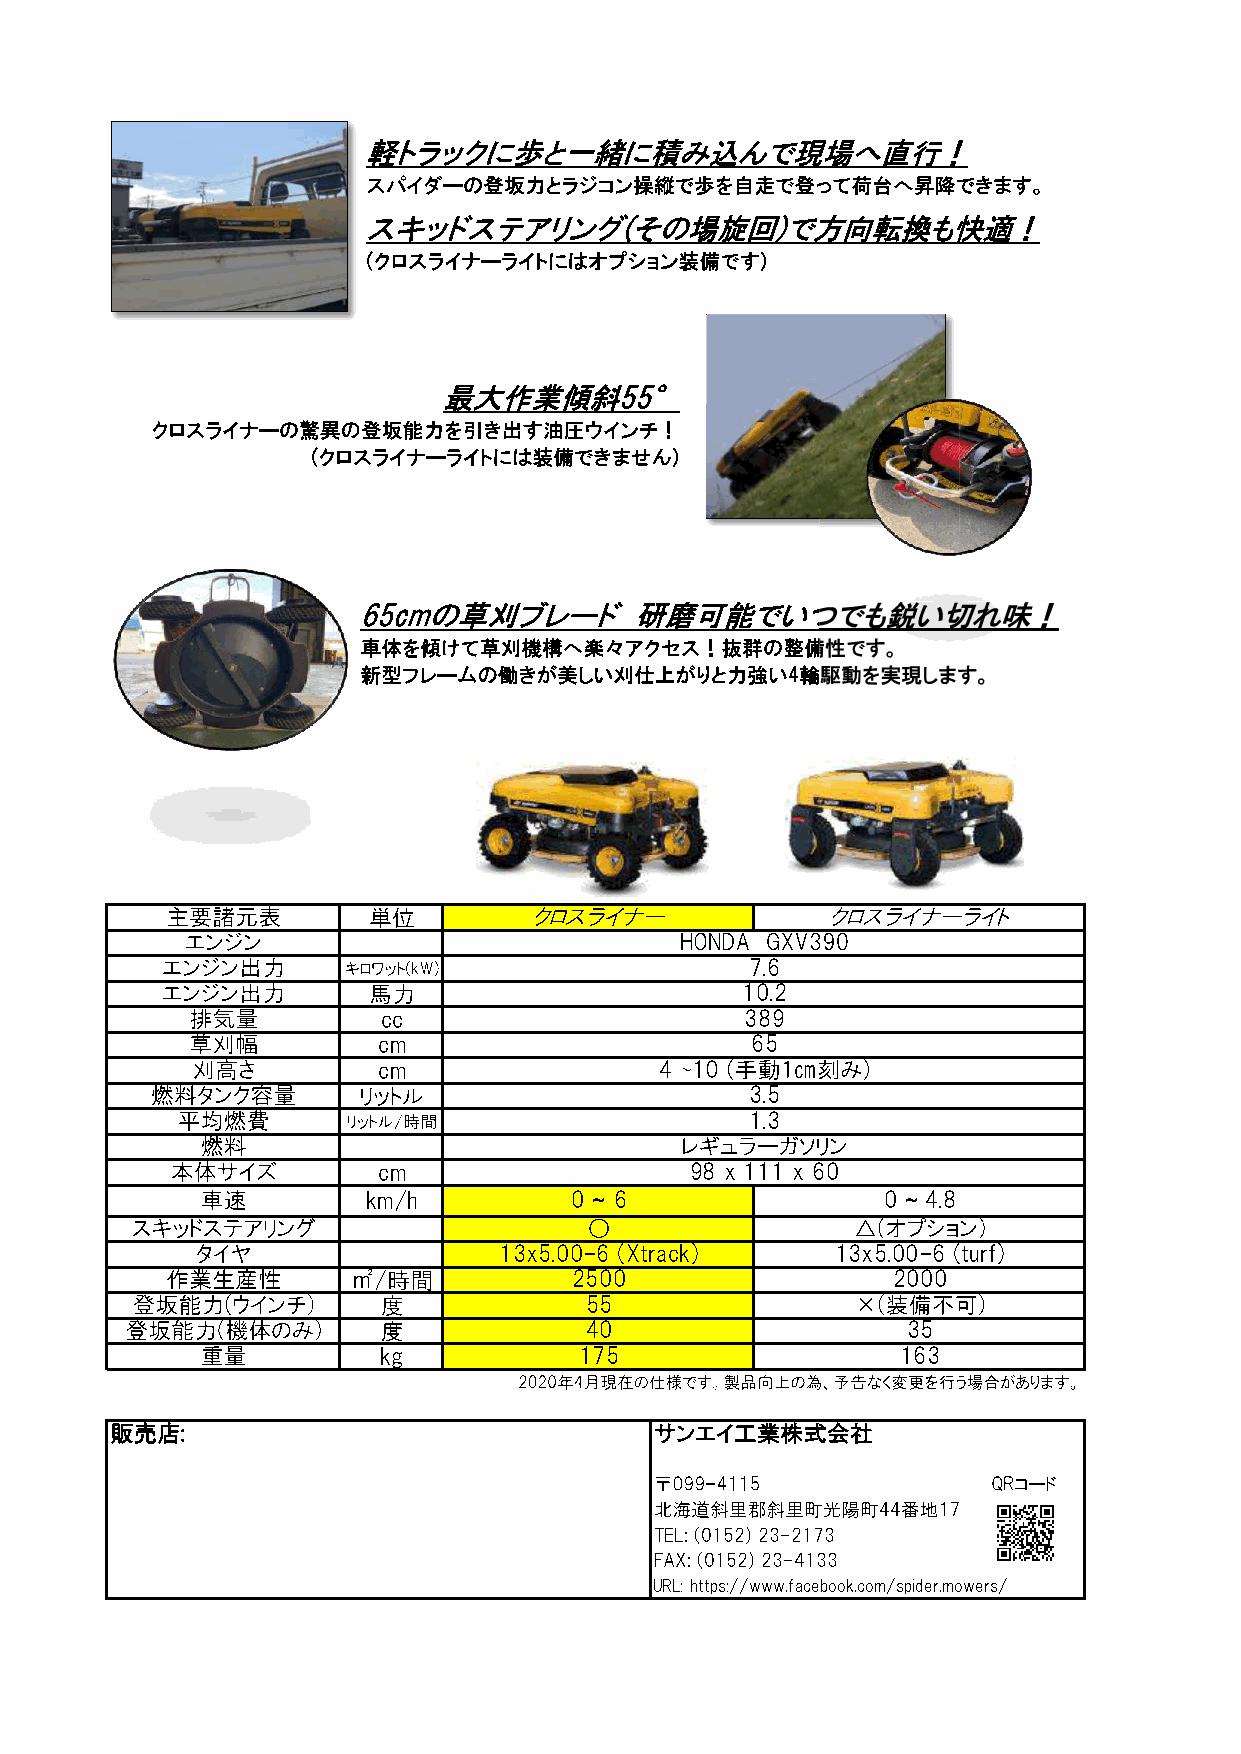
(                         )
 (                      )
 4
 7.6
 10.2
 cc                      389
 cm                       65
 cm                 4
 3.5
 1.3
 cm                   98 x 111 x 60
 km/h          0 ~ 6               0 ~ 4.8
 13x5.00-6 (Xtrack)    13x5.00-6 (turf)
 2500                 2000
 55
 40                   35
 kg           175                   163
 TEL: (0152) 23-2173
 FAX: (0152) 23-4133
 URL: https://www.facebook.com/spider.mowers/